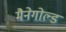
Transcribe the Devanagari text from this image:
मैनेगोल्ड